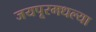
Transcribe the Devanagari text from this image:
जयपूरमधल्या